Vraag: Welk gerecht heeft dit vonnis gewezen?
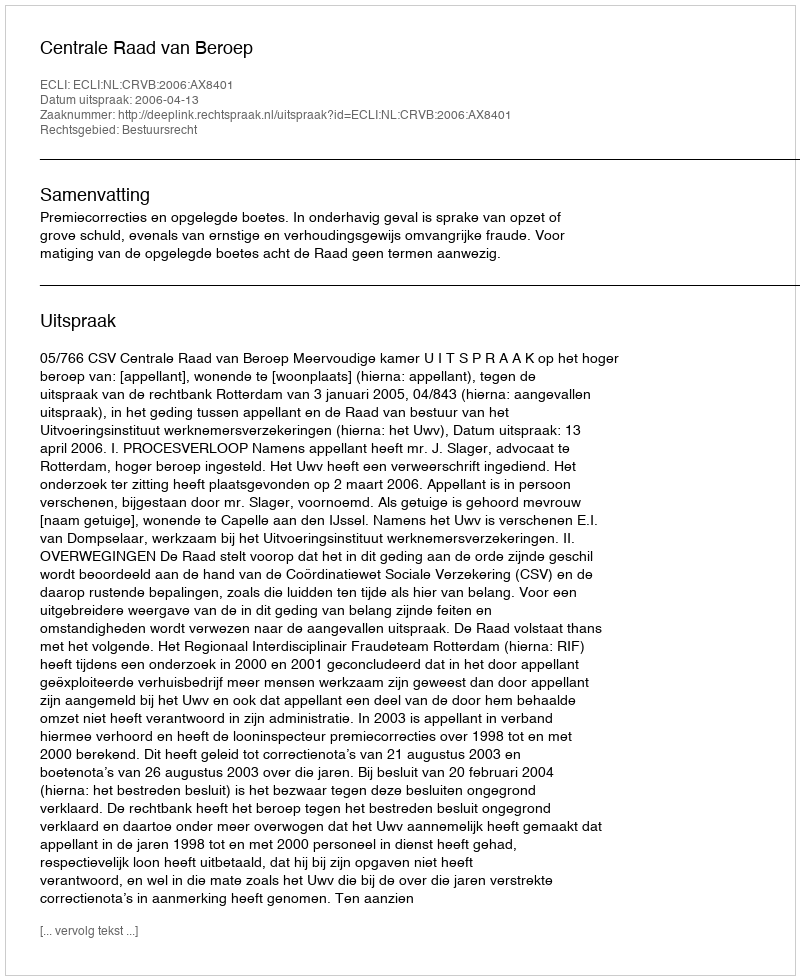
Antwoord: Centrale Raad van Beroep